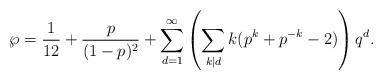
LaTeX: \begin{align*}\wp =\frac{1}{12}+\frac{p}{(1-p)^{2}}+\sum _{d=1}^{\infty}\left(\sum _{k|d}k (p^{k}+p^{-k}-2) \right)q^{d}.\end{align*}